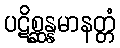
ပဋိစ္ဆန္နမာနတ္တံ